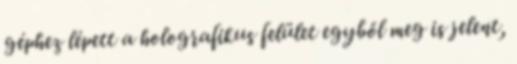
géphez lépett a holografikus felület egyből meg is jelent,